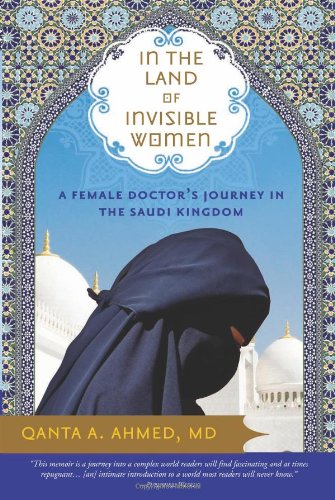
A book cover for In the Land of Invisible Women: A Female Doctor's Journey in the Saudi Kingdom; Qanta Ahmed ; Biographies & Memoirs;